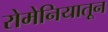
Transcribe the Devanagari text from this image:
रोमेनियातून